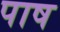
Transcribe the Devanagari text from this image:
पाष